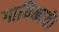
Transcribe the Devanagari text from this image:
गायिकायें।